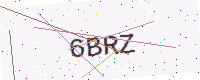
Text: 6BRZ